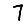
Digit: 7